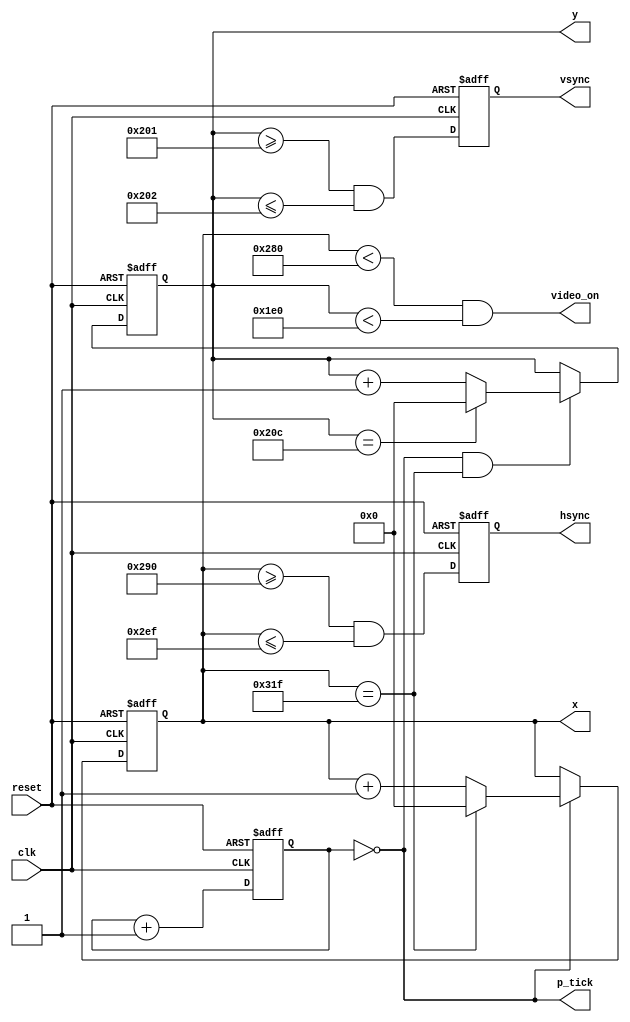
`timescale 1ns / 1ps
//////////////////////////////////////////////////////////////////////////////////
// Company: 
// Engineer: 
// 
// Design Name: 
// Module Name: vga_sync
// Project Name: 
// Target Devices: 
// Tool Versions: 
// Description: 
// 
// Dependencies: 
// 
// Revision:
// Revision 0.01 - File Created
// Additional Comments:
// 
//////////////////////////////////////////////////////////////////////////////////


module vga_sync(
		input wire clk, reset,
		output wire hsync, vsync, video_on, p_tick,
		output wire [9:0] x, y
	);
	
	// constant declarations for VGA sync parameters
	localparam H_DISPLAY       = 640; // horizontal display area
	localparam H_L_BORDER      =  48; // horizontal left border
	localparam H_R_BORDER      =  16; // horizontal right border
	localparam H_RETRACE       =  96; // horizontal retrace
	localparam H_MAX           = H_DISPLAY + H_L_BORDER + H_R_BORDER + H_RETRACE - 1;
	localparam START_H_RETRACE = H_DISPLAY + H_R_BORDER;
	localparam END_H_RETRACE   = H_DISPLAY + H_R_BORDER + H_RETRACE - 1;
	
	localparam V_DISPLAY       = 480; // vertical display area
	localparam V_T_BORDER      =  10; // vertical top border
	localparam V_B_BORDER      =  33; // vertical bottom border
	localparam V_RETRACE       =   2; // vertical retrace
	localparam V_MAX           = V_DISPLAY + V_T_BORDER + V_B_BORDER + V_RETRACE - 1;
        localparam START_V_RETRACE = V_DISPLAY + V_B_BORDER;
	localparam END_V_RETRACE   = V_DISPLAY + V_B_BORDER + V_RETRACE - 1;
	
	// mod-4 counter to generate 25 MHz pixel tick
	reg [1:0] pixel_reg;
	wire [1:0] pixel_next;
	wire pixel_tick;
	
	always @(posedge clk, posedge reset)
		if(reset)
		  pixel_reg <= 0;
		else
		  pixel_reg <= pixel_next;
	
	assign pixel_next = pixel_reg + 1; // increment pixel_reg 
	
	assign pixel_tick = (pixel_reg == 0); // assert tick 1/4 of the time
	
	// registers to keep track of current pixel location
	reg [9:0] h_count_reg, h_count_next, v_count_reg, v_count_next;
	
	// register to keep track of vsync and hsync signal states
	reg vsync_reg, hsync_reg;
	wire vsync_next, hsync_next;
 
	// infer registers
	always @(posedge clk, posedge reset)
		if(reset)
		    begin
                    v_count_reg <= 0;
                    h_count_reg <= 0;
                    vsync_reg   <= 0;
                    hsync_reg   <= 0;
		    end
		else
		    begin
                    v_count_reg <= v_count_next;
                    h_count_reg <= h_count_next;
                    vsync_reg   <= vsync_next;
                    hsync_reg   <= hsync_next;
		    end
			
	// next-state logic of horizontal vertical sync counters
	always @*
		begin
		h_count_next = pixel_tick ? 
		               h_count_reg == H_MAX ? 0 : h_count_reg + 1
			       : h_count_reg;
		
		v_count_next = pixel_tick && h_count_reg == H_MAX ? 
		               (v_count_reg == V_MAX ? 0 : v_count_reg + 1) 
			       : v_count_reg;
		end
		
        // hsync and vsync are active low signals
        // hsync signal asserted during horizontal retrace
        assign hsync_next = h_count_reg >= START_H_RETRACE
                            && h_count_reg <= END_H_RETRACE;
   
        // vsync signal asserted during vertical retrace
        assign vsync_next = v_count_reg >= START_V_RETRACE 
                            && v_count_reg <= END_V_RETRACE;

        // video only on when pixels are in both horizontal and vertical display region
        assign video_on = (h_count_reg < H_DISPLAY) 
                          && (v_count_reg < V_DISPLAY);

        // output signals
        assign hsync  = hsync_reg;
        assign vsync  = vsync_reg;
        assign x      = h_count_reg;
        assign y      = v_count_reg;
        assign p_tick = pixel_tick;
endmodule